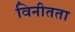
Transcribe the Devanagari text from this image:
विनीतता